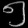
Digit: ၅